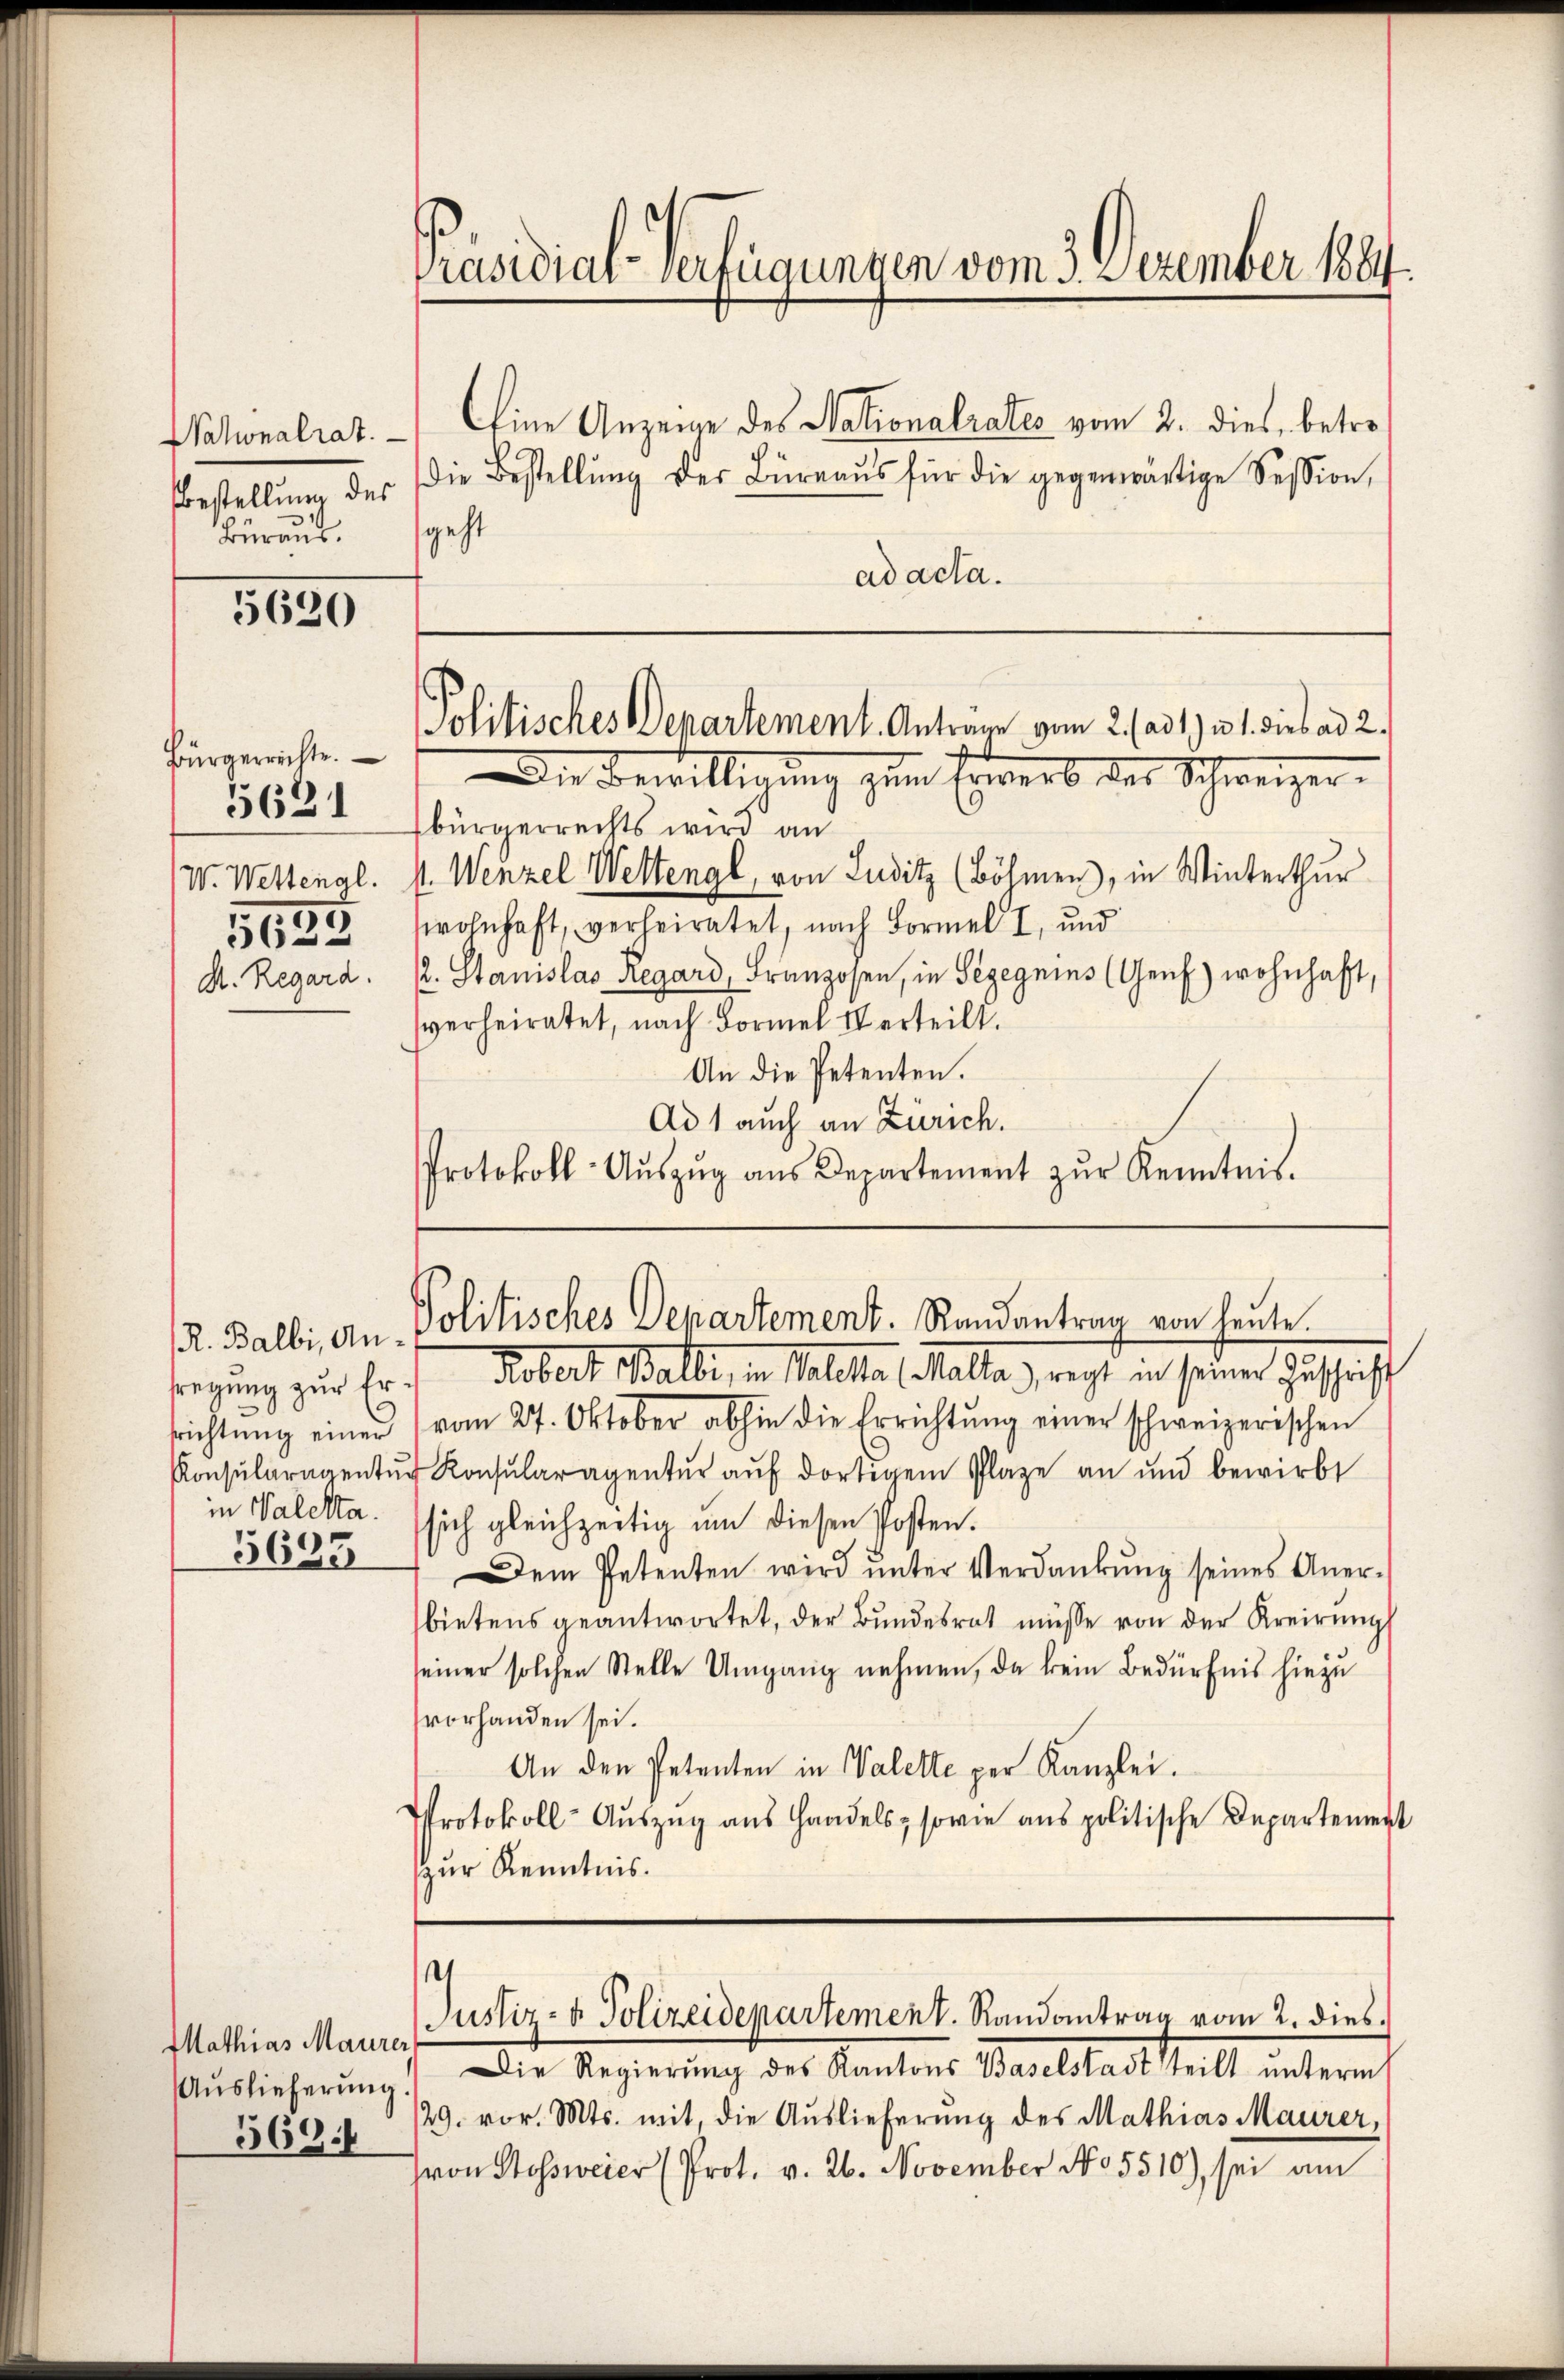
Nationalrat.
Bestellung des
Büraus.

5630

Bürgerrichte.
5621
W. Wettengl.
5635
D. Regard.

fregung zur Erin Valetta.
5633

Mathias Maurer
Auslieferung.
369.

Prastiar-Verfügungen vom 3. Dezember 1884
Eine Anzeige des Nationalrates vom 2. dies, betro
die Bestellŭng der Büreaŭs für die gegenwärtige Session,

geht
ad acta.

Politisches Departement. Antrage vom 2. (ad 1) u. 1. dies ad 2.
Die Bewilligung zum Erwerb der Schweizer-

bürgerrechts wird an
st. Wenzel Wettengl, von Luditz (Böhmen), in Winterthur
swohnhaft, verheiratet, nach Formel I, und
. Stanislas Regard, Franzosen, in Segegnins (Genf) wohnhaft,
verheiratet, nach Formel IV erteilt.
An die Petenten.
Ad 1 auch an Zürich.
Protokoll- Aŭszŭg aŭs Departement zŭr Kenntnis.

R. Balbi, an Politisches Departement. Randantrag von heute.

Kobert Balbi, in Valette (Malta, regt in seiner Zuschrift
richtŭng einer vom 27. Oktober abhin die Errichtŭng einer schweizerischen
Konsŭlaragentŭr Konsularentŭr aŭf dortigem Plaze an und bewirbt
sich gleichzeitig um diesen Posten.
Dem Petenten wird ŭnter Verdankŭng seines Aner-
bietens geantwortet, der Bundesrat müsse von der Kreirung
seiner solchen Stelle Umgang nehmen, da kein Bedürfnis hiezu
vorhanden sei.
An den Petenten in Valette per Kanzlei.
Protokoll-Auszug aus Handels, sowie aus politische Departement
zur Kenntnis.

1
Justiz- & Polizeidepartement. Randantrag vom 2. dies

Die Regierung des Kantons Baselstadtheilt interes
/29. vor. Mts. mit, die Auslieferung des Mathias Maurer,
von Stossweier (Prot. v. 26. November No 5510), sei am